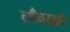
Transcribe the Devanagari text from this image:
लाँचरद्वारे